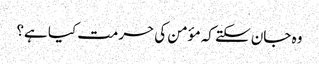
وہ جان سکتے کہ مؤمن کی حرمت کیا ہے؟